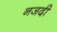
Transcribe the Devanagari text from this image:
नजदी